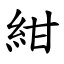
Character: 紺